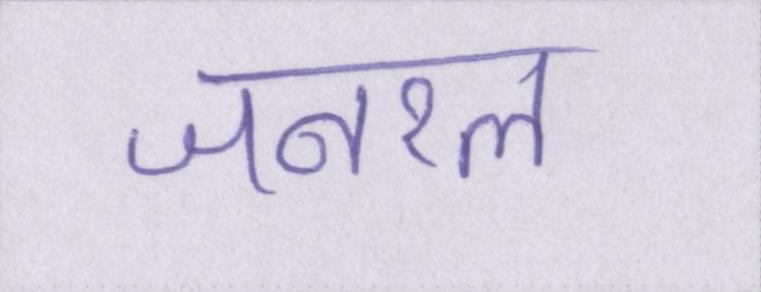
जनरल